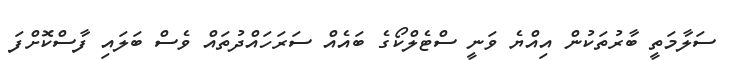
ސަލާމަތީ ބާރުތަކުން އިއްޔެ ވަނީ ސްޓެލްކޯގެ ބައެއް ސަރަހައްދުތައް ވެސް ބަލައި ފާސްކޮށްފަ